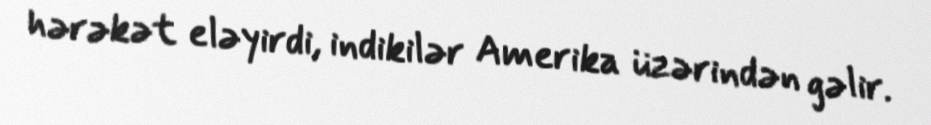
hərəkət eləyirdi, indikilər Amerika üzərindən gəlir.